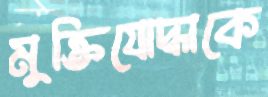
মুক্তিযোদ্ধাকে